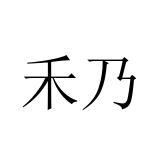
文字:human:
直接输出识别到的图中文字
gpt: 禾乃